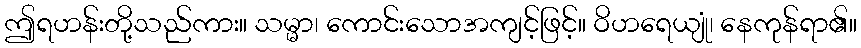
ဤရဟန်းတို့သည်ကား။ သမ္မာ၊ ကောင်းသောအကျင့်ဖြင့်။ ဝိဟရေယျုံ၊ နေကုန်ရာ၏။